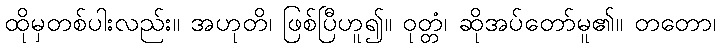
ထိုမှတစ်ပါးလည်း။ အဟုတိ၊ ဖြစ်ပြီဟူ၍။ ဝုတ္တံ၊ ဆိုအပ်တော်မူ၏။ တတော၊